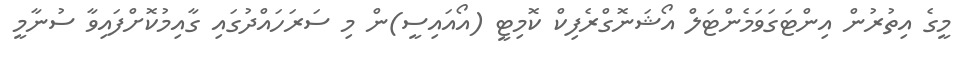
މީގެ އިތުރުން އިންޓަގަވަމެންޓަލް އޯޝަނޮގްރެފިކް ކޮމިޓީ (އޯއައިސީ)ން މި ސަރަހައްދުގައި ގާއިމުކޮށްފައިވާ ސުނާމީ